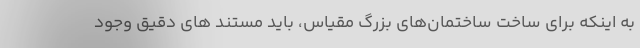
به اینکه برای ساخت ساختمان‌های بزرگ مقیاس، باید مستند های دقیق وجود